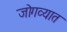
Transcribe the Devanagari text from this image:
जोगव्यात